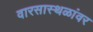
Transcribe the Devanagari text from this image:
वारसास्थळांवर